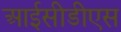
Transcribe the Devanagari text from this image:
आईसीडीएस